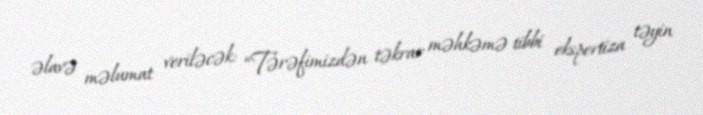
əlavə məlumat veriləcək: “Tərəfimizdən təkrar məhkəmə tibbi ekspertiza təyin